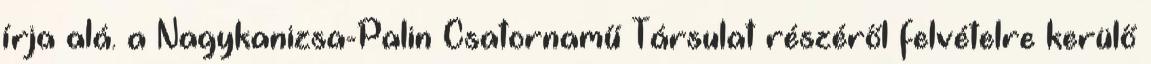
írja alá. a Nagykanizsa-Palin Csatornamű Társulat részéről felvételre kerülő